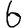
Digit: 6